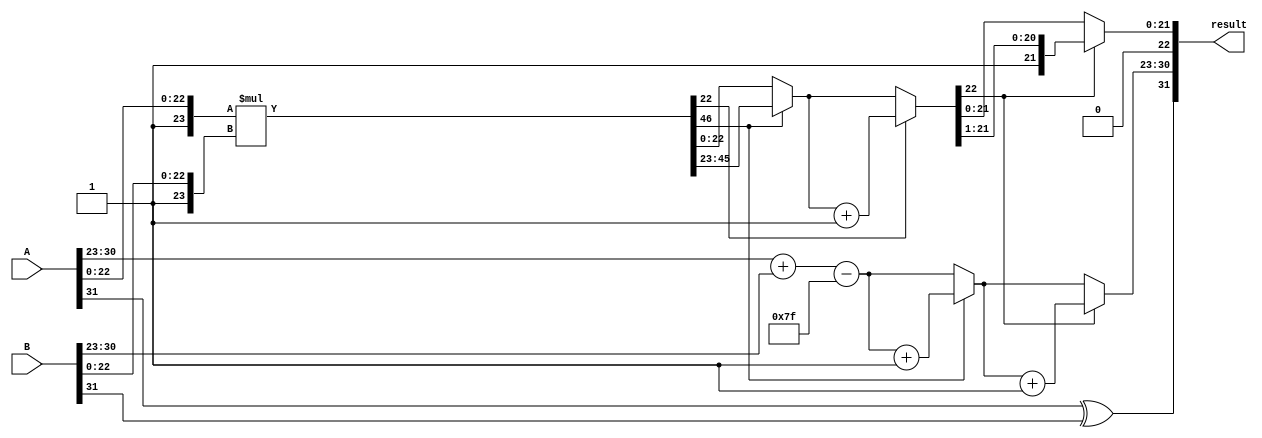
module floating_point_multiplier #(
    parameter E = 8,  // Number of exponent bits
    parameter M = 23, // Number of mantissa bits
    parameter BIAS = (1 << (E - 1)) - 1 // Bias for exponent
)(
    input  wire [E + M:0] A, // Input A (1 sign bit, E exponent bits, M mantissa bits)
    input  wire [E + M:0] B, // Input B (1 sign bit, E exponent bits, M mantissa bits)
    output reg  [E + M:0] result // Output (1 sign bit, E exponent bits, M mantissa bits)
);

    // Internal signals
    wire sign_A = A[E + M]; // Sign bit of A
    wire sign_B = B[E + M]; // Sign bit of B
    wire [E-1:0] exp_A = A[E + M - 1:E + M - E]; // Exponent of A
    wire [E-1:0] exp_B = B[E + M - 1:E + M - E]; // Exponent of B
    wire [M-1:0] mant_A = A[M - 1:0]; // Mantissa of A
    wire [M-1:0] mant_B = B[M - 1:0]; // Mantissa of B

    // Sign calculation
    wire sign_result = sign_A ^ sign_B;

    // Exponent calculation
    wire [E:0] exp_result = exp_A + exp_B - BIAS; // E + 1 bits to accommodate overflow

    // Mantissa calculation
    wire [2*M:0] mant_result = {1'b1, mant_A} * {1'b1, mant_B}; // Multiply mantissas

    // Normalization and rounding
    reg [M-1:0] mant_final;
    reg [E:0] exp_final;

    always @(*) begin
        // Normalization
        if (mant_result[2*M]) begin // If overflow
            mant_final = mant_result[2*M-1:M]; // Shift right
            exp_final = exp_result + 1; // Increment exponent
        end else begin
            mant_final = mant_result[M-1:0]; // Use mantissa as is
            exp_final = exp_result; // Use exponent as is
        end

        // Rounding (simple round-to-nearest)
        if (mant_result[M-1]) begin // If the bit after the last mantissa bit is set
            mant_final = mant_final + 1; // Round up
        end

        // Handle overflow in mantissa
        if (mant_final[M-1]) begin // If mantissa overflow occurs
            mant_final = mant_final >> 1; // Shift right
            exp_final = exp_final + 1; // Increment exponent
        end

        // Construct the result
        result = {sign_result, exp_final[E-1:0], mant_final[M-1:0]};
    end

endmodule